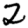
Digit: 2